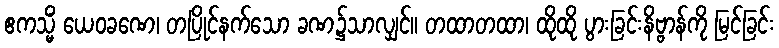
ဧကသ္မိံ ယေဝခဏေ၊ တပြိုင်နက်သော ခဏ၌သာလျှင်။ တထာတထာ၊ ထိုထို ပွားခြင်းနိဗ္ဗာန်ကို မြင်ခြင်း